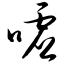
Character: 嘘